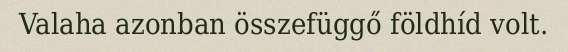
Valaha azonban összefüggő földhíd volt.